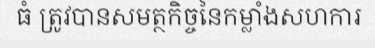
ធំ ត្រូវបានសមត្ថកិច្ចនៃកម្លាំងសហការ